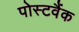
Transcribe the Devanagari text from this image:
पोस्टवैंक